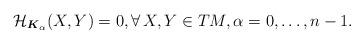
LaTeX: \begin{gather*} \mathcal{H}_{\boldsymbol{K}_\alpha}(X,Y)=0, \forall \, X,Y \in TM, \alpha=0,\ldots, n-1.\end{gather*}